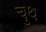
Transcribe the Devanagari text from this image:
चुथ